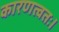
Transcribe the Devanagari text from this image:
कारणत्वतः।